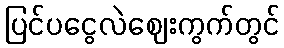
ပြင်ပငွေလဲဈေးကွက်တွင်